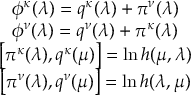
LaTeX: \begin{array} { c } { { \phi ^ { \kappa } ( \lambda ) = q ^ { \kappa } ( \lambda ) + \pi ^ { \nu } ( \lambda ) } } \\ { { \phi ^ { \nu } ( \lambda ) = q ^ { \nu } ( \lambda ) + \pi ^ { \kappa } ( \lambda ) } } \\ { { \left[ \pi ^ { \kappa } ( \lambda ) , q ^ { \kappa } ( \mu ) \right] = \ln h ( \mu , \lambda ) } } \\ { { \left[ \pi ^ { \nu } ( \lambda ) , q ^ { \nu } ( \mu ) \right] = \ln h ( \lambda , \mu ) } } \end{array}